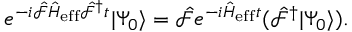
e ^ { - i \hat { \mathcal { F } } \hat { H } _ { \mathrm { e f f } } \hat { \mathcal { F } } ^ { \dagger } t } | \Psi _ { 0 } \rangle = \hat { \mathcal { F } } e ^ { - i \hat { H } _ { \mathrm { e f f } } t } ( \hat { \mathcal { F } } ^ { \dagger } | \Psi _ { 0 } \rangle ) .